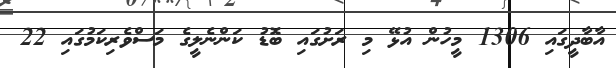
އާބާދީގައި 1306 މީހުން އުޅޭ މި ރަށުގައި ބޮޑު ކަންނެލީގެ މަސްވެރިކަމުގައި 22